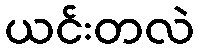
ယင်းတလဲ